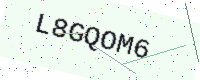
Text: L8GQOM6